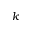
k